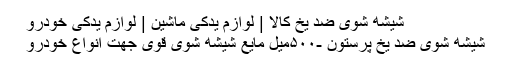
شیشه شوی ضد یخ کالا | لوازم یدکی ماشین | لوازم یدکی خودرو
شیشه شوی ضد یخ پرستون -۵۰۰میل مایع شیشه شوی قوی جهت انواع خودرو